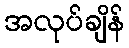
အလုပ်ချိန်